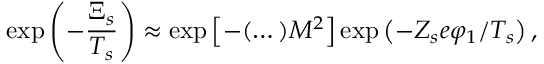
\exp \left( - \frac { \Xi _ { s } } { T _ { s } } \right) \approx \exp \left[ - ( \dots ) M ^ { 2 } \right] \exp \left( - Z _ { s } e \varphi _ { 1 } / T _ { s } \right) ,